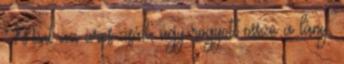
Mint az üres zsák, úgy rogyott össze a lány,